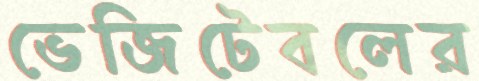
ভেজিটেবলের